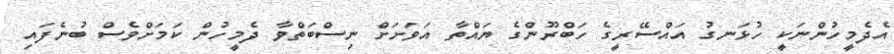
އެދެމީހުންނަކީ ހުޅަނގު އައްސޭރީގެ ހަބްރޫންގެ ޔައްތާ އަވަށަށް ނިސްބަތްވާ ދެމީހުން ކަމަށްވެސް ބުނެފައި